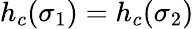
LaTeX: h_{c}(\sigma_{1})=h_{c}(\sigma_{2})